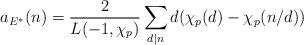
LaTeX: \begin{align*}a_{E^\ast}(n) = \frac{2}{L(-1,\chi_{p})} \sum_{d | n} d (\chi_{p}(d) - \chi_{p}(n/d))\end{align*}